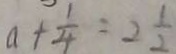
a + \frac { 1 } { 4 } = 2 \frac { 1 } { 2 }